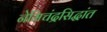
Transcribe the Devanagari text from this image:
नेमिचंद्रसिद्धांत